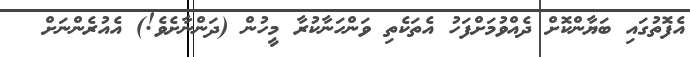
އެފޮތުގައި ބަޔާންކޮށް ދެއްވުމަށްފަހު އެތަކެތި ވަންހަނާކުރާ މީހުން (ދަންނާށެވެ!) އެއުރެންނަށް